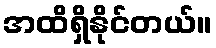
အထိရှိနိုင်တယ်။